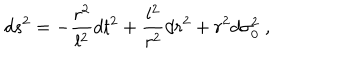
d s ^ { 2 } = - \frac { r ^ { 2 } } { l ^ { 2 } } d t ^ { 2 } + \frac { l ^ { 2 } } { r ^ { 2 } } d r ^ { 2 } + r ^ { 2 } d \sigma _ { 0 } ^ { 2 } \; ,